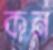
কন